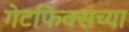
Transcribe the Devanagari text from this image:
गेटफिक्सच्या